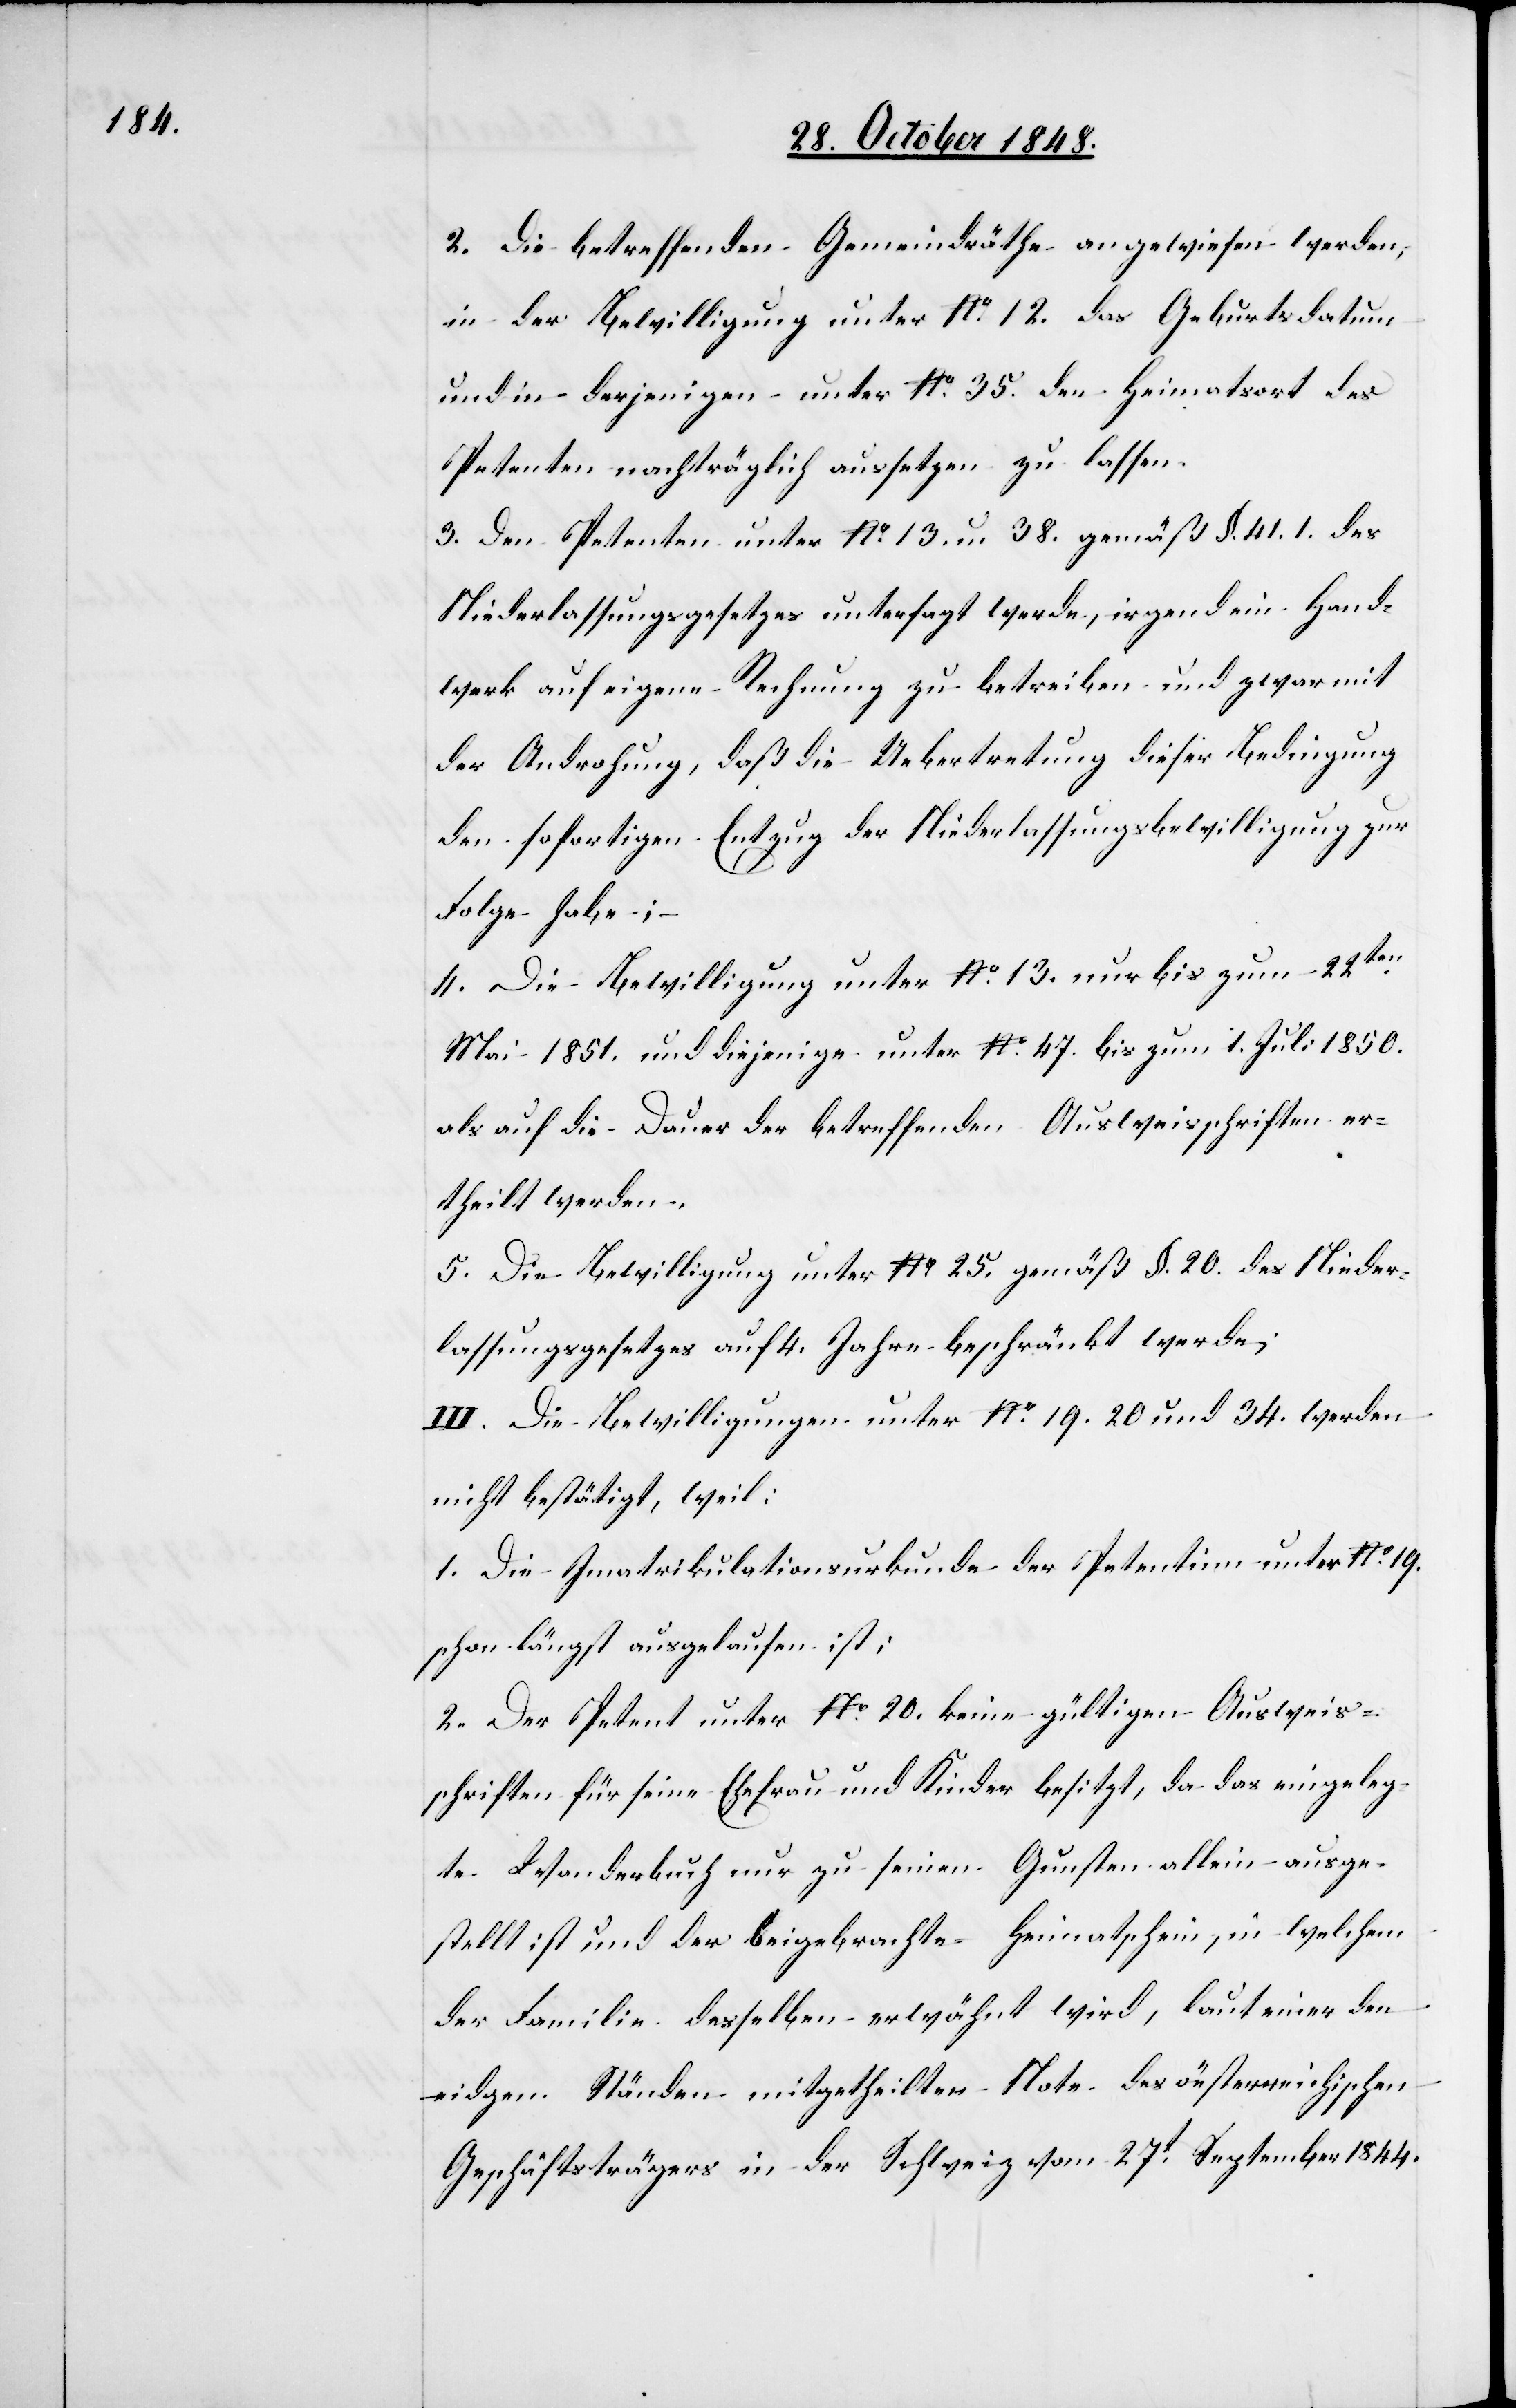
2. Die betreffenden Gemeindräthe angewiesen werden,
in der Bewilligung unter No 12. das Geburtsdatum
und in derjenigen unter No 35. den Heimatsort des
Petenten nachträglich aussetzen zu lassen.
3. Den Petenten unter No 13. u. 38. gemäß §. 41. 1. des
Niederlassungsgesetzes untersagt werde, irgend ein Hand¬
werk auf eigene Rechnung zu betreiben und zwar mit
der Androhung, daß die Uebertretung dieser Bedingung
den sofortigen Entzug der Niederlassungsbewilligung zur
Folge habe;
4. Die Bewilligung unter No 13. nur bis zum 22ten
Mai 1851. und diejenige unter No 47. bis zum 1. Juli 1850.
als auf die Dauer der betreffenden Ausweisschriften er¬
theilt werden.
5. Die Bewilligung unter N25 gemäß §. 20. des Nieder¬
lassungsgesetzes auf 4. Jahre beschränkt werde;
III. Die Bewilligungen unter No 19. 20. und 34. werden
nicht bestätigt, weil:
1. Die Imatrikulationsurkunde der Petentinn unter No 19.
schon längst ausgelaufen ist:
2. Der Petent unter No20. keine gültigen Ausweis¬
schriften für seine Ehefrau und Kinder besitzt, da das eingeleg¬
te Wanderbuch nur zu seinen Gunsten allein ausge¬
stellt ist und der beigebrachte Heimatschein, in welchem
der Familie desselben erwähnt wird, laut einer den
eidgen. Ständen mitgetheilten Note des öesterreichischen
Geschäftsträgers in der Schweiz vom 27t September 1844.